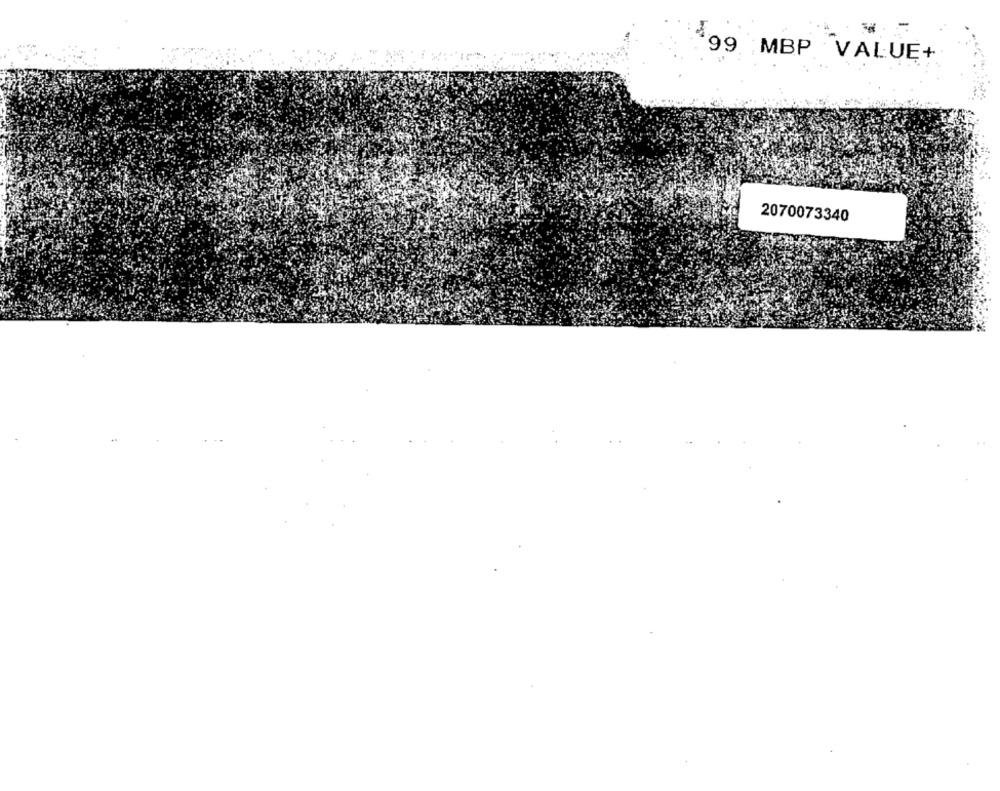
.99 MBP VALUE+
2070073340